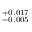
^ { + 0 . 0 1 7 } _ { - 0 . 0 0 5 }